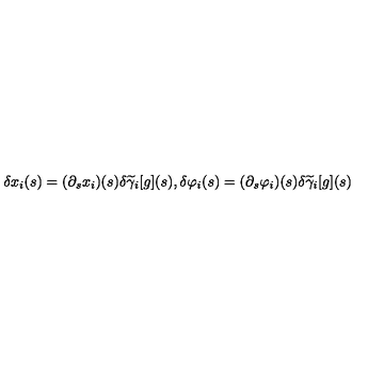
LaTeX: \delta x _ { i } ( s ) = ( \partial _ { s } x _ { i } ) ( s ) \delta \widetilde { \gamma } _ { i } [ g ] ( s ) , \delta \varphi _ { i } ( s ) = ( \partial _ { s } \varphi _ { i } ) ( s ) \delta \widetilde { \gamma } _ { i } [ g ] ( s )